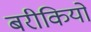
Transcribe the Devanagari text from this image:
बरीकियो